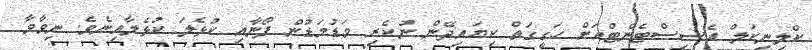
ކްލިނިކަލް އެސިސްޓެންޓްއަށް ހަގީގަތް ކިޔައިދޭން ނުކެރި މަޑުމަޑުން ފޯނާއި ކުޅެލަ ކުޅެލާއިނެވެ. ނިވާވާ